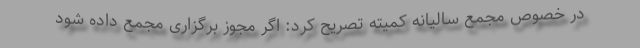
در خصوص مجمع سالیانه کمیته تصریح کرد: اگر مجوز برگزاری مجمع داده شود